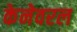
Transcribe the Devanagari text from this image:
केनेवरल